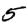
Digit: 5